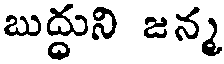
బుద్దుని జన్మ